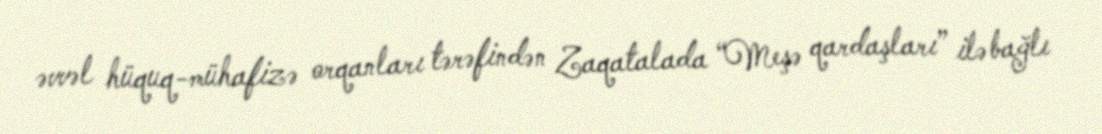
əvvəl hüquq-mühafizə orqanları tərəfindən Zaqatalada “Meşə qardaşları” ilə bağlı